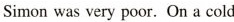
Simon was very poor.On a cold